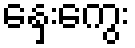
နှေးကွေး